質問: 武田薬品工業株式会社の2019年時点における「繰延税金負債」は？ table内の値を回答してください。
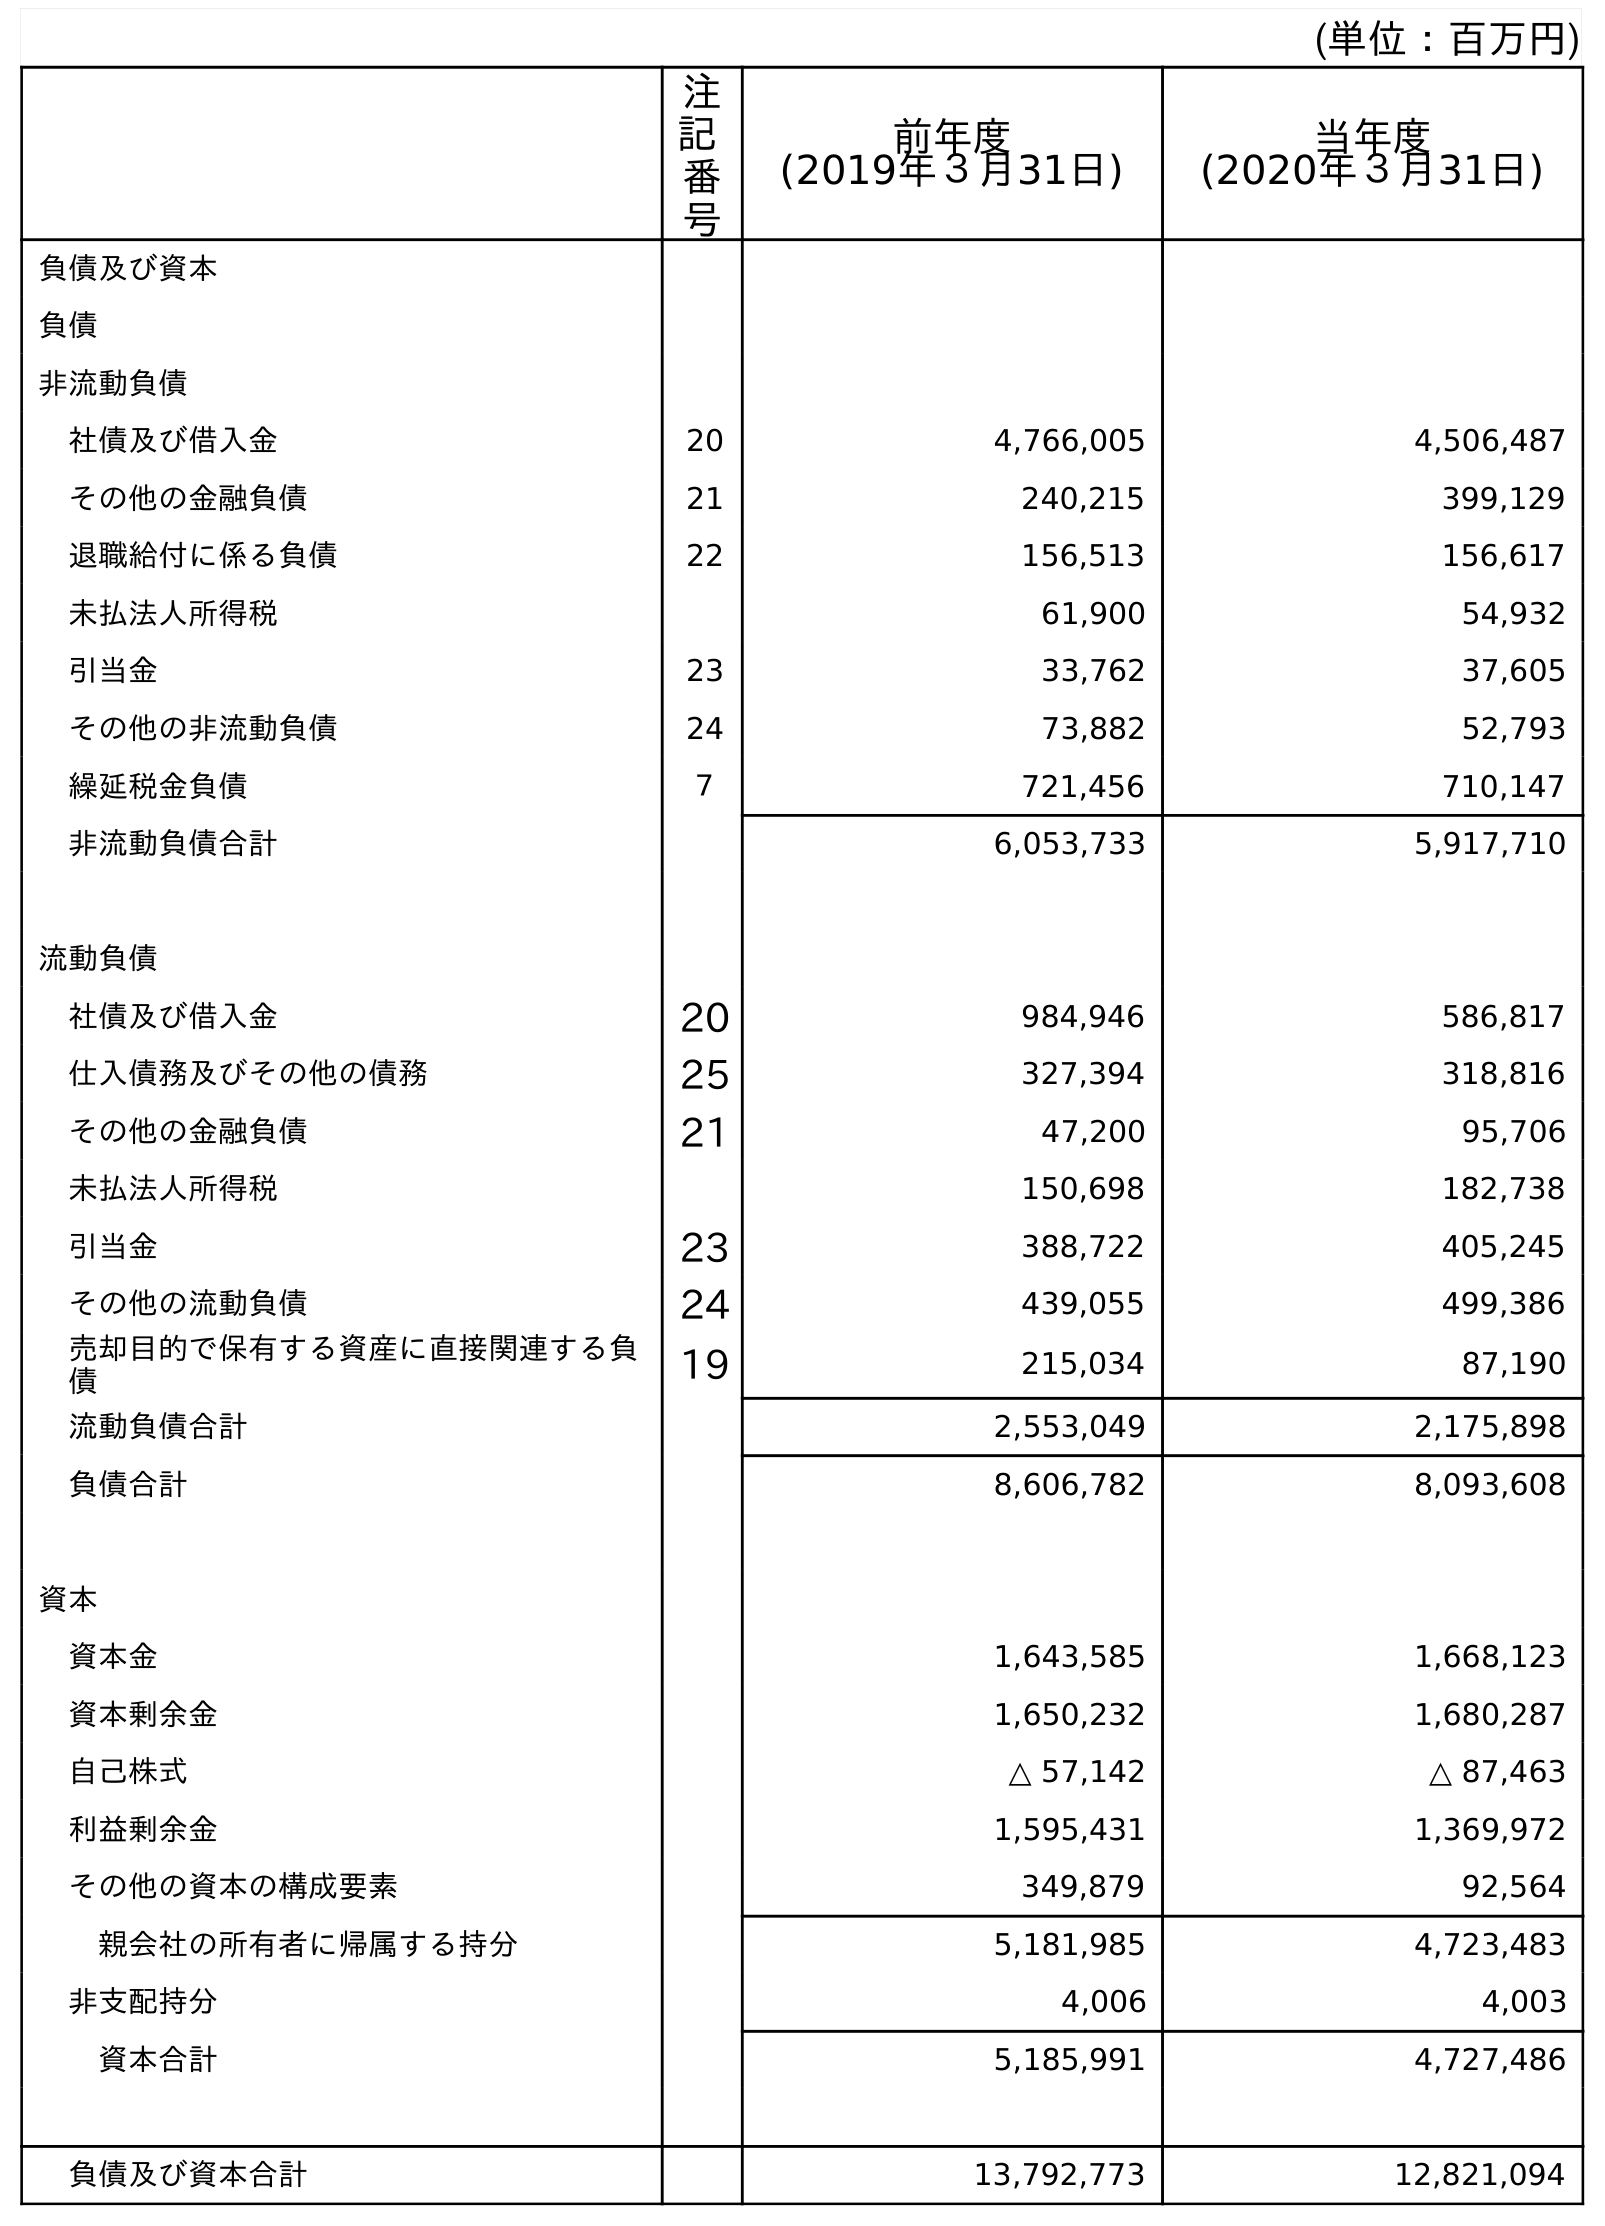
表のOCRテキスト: (単位：百万円) 注 記 番 号 前年度 (2019年３月31日) 当年度 (2020年３月31日) 負債及び資本 負債 非流動負債 社債及び借入金 20 4,766,005 4,506,487 その他の金融負債 21 240,215 399,129 退職給付に係る負債 22 156,513 156,617 未払法人所得税 61,900 54,932 引当金 23 33,762 37,605 その他の非流動負債 24 73,882 52,793 繰延税金負債 ７ 721,456 710,147 非流動負債合計 6,053,733 5,917,710 流動負債 社債及び借入金 20 984,946 586,817 仕入債務及びその他の債務 25 327,394 318,816 その他の金融負債 21 47,200 95,706 未払法人所得税 150,698 182,738 引当金 23 388,722 405,245 その他の流動負債 24 439,055 499,386 売却目的で保有する資産に直接関連する負 債 19 215,034 87,190 流動負債合計 2,553,049 2,175,898 負債合計 8,606,782 8,093,608 資本 資本金 1,643,585 1,668,123 資本剰余金 1,650,232 1,680,287 自己株式 △ 57,142 △ 87,463 利益剰余金 1,595,431 1,369,972 その他の資本の構成要素 349,879 92,564 親会社の所有者に帰属する持分 5,181,985 4,723,483 非支配持分 4,006 4,003 資本合計 5,185,991 4,727,486 負債及び資本合計 13,792,773 12,821,094
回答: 721,456